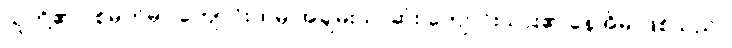
သူတို့၏ ပစ်မှတ်မှာ ကျောင်းထဲမှ အချမ်းသာဆုံး ကျောင်းသား၏ နေအိမ် ဖြစ်သည်။